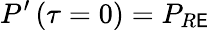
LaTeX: P^{\prime}\left(\tau=0\right)=P_{R\mathsf{E}}